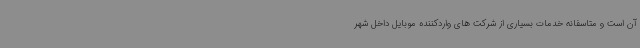
آن است و متاسفانه خدمات بسیاری از شرکت های واردکننده موبایل داخل شهر